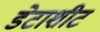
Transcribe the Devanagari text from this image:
डेटाशीट